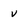
Character: v